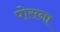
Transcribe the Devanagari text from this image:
पोसना